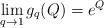
LaTeX: \begin{align*} \lim_{q \to 1} g_q(Q) = e^Q \end{align*}